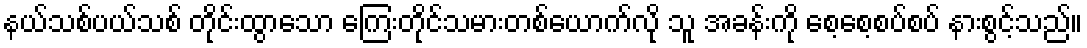
နယ်သစ်ပယ်သစ် တိုင်းထွာသော ကြေးတိုင်သမားတစ်ယောက်လို သူ အခန်းကို စေ့စေ့စပ်စပ် နားစွင့်သည်။